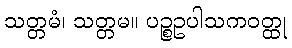
သတ္တမံ၊ သတ္တမ။ ပဉ္စဥပါသကဝတ္ထု